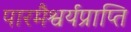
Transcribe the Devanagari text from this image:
पारमैश्वर्यप्राप्ति